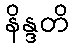
နိန္ဒတိ